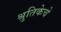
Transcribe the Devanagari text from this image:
श्रुतिकेचे